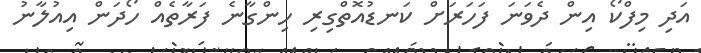
އަދި މިފްކޯ އިން ދެވަނަ ފަހަރަށް ކަނޑުއޮތްގިރި ހިންގާނެ ފަރާތެއް ހޯދަން އިއުލާނު